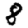
Digit: 8